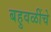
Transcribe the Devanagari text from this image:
बहुवळींचे